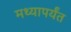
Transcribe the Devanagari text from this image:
मथ्यापर्यंत